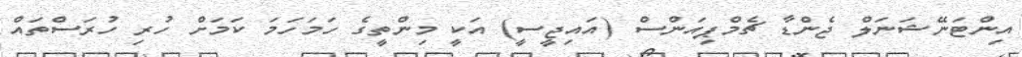
އިންޓަނޭޝަނަލް ޖެންޑާ ޗެމްޕިއަންސް (އައިޖީސީ) އަކީ މިންތީގެ ހަމަހަމަ ކަމަށް ހުރި ހުރަސްތައް